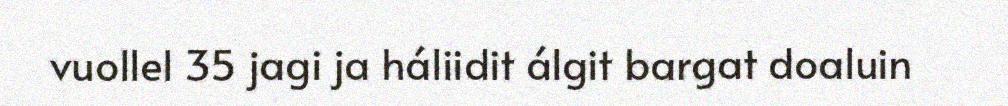
vuollel 35 jagi ja háliidit álgit bargat doaluin